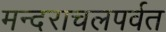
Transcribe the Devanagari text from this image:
मन्दराचलपर्वत